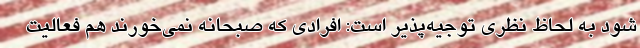
شود به لحاظ نظری توجیه‌پذیر است: افرادی که صبحانه نمی‌خورند هم فعالیت